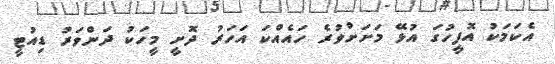
އެކަމަކު އޮފީހުގަ އުޅޭ މަށަށްވުރެ ހައެއްކަ އަހަރު ދޮށީ މީހަކު ދަންވަރު ޑިއުޓީ